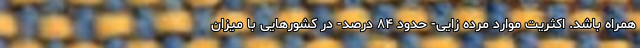
همراه باشد. اکثریت موارد مرده زایی- حدود ۸۴ درصد- در کشورهایی با میزان